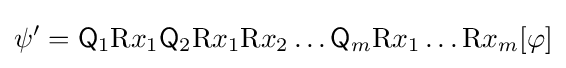
\psi '={\mathsf {Q}}_{1}\mathrm {R} x_{1}{\mathsf {Q}}_{2}\mathrm {R} x_{1}\mathrm {R} x_{2}\dots {\mathsf {Q}}_{m}\mathrm {R} x_{1}\dots \mathrm {R} x_{m}[\varphi ]